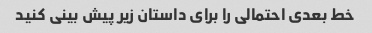
خط بعدی احتمالی را برای داستان زیر پیش بینی کنید